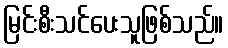
မြင်းစီးသင်ပေးသူဖြစ်သည်။